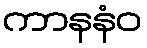
ကာနနံဝ